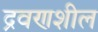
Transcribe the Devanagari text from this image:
द्रवणशील